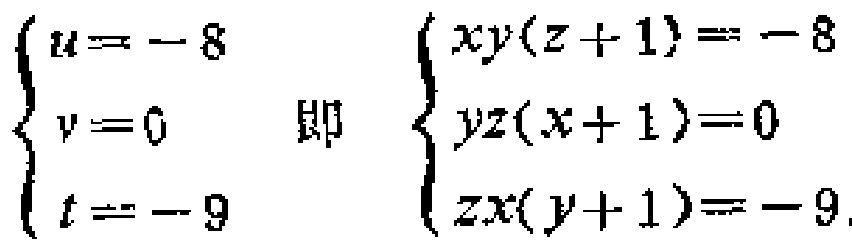
\(\begin{cases}

u = -8 \\

v = 0 \\

t = -9

\end{cases}\) 即 \(\begin{cases}

xy(z + 1) = -8 \\

yz(x + 1) = 0 \\

zx(y + 1) = -9

\end{cases}\)